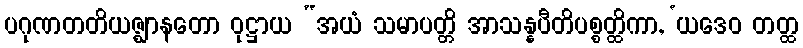
ပဂုဏတတိယဇ္ဈာနတော ဝုဋ္ဌာယ “အယံ သမာပတ္တိ အာသန္နပီတိပစ္စတ္ထိကာ, ‘ယဒေဝ တတ္ထ